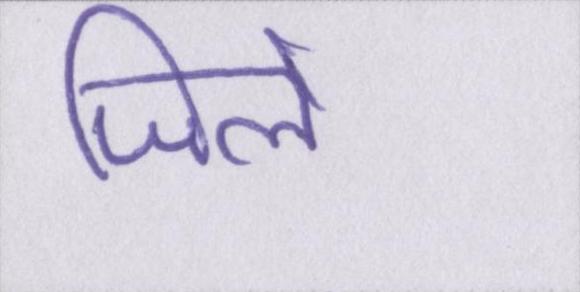
जिले